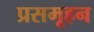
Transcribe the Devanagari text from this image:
प्रसमूहन